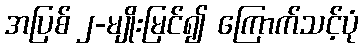
အပြစ် ၂-မျိုးမြင်၍ ကြောက်သင့်ပုံ